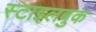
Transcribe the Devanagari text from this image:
स्टाइलबुक